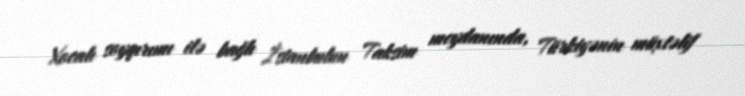
Xocalı soyqırımı ilə bağlı İstanbulun Taksim meydanında, Türkiyənin müxtəlif